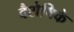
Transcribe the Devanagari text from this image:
वैशेषिके